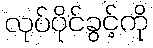
လုပ်ပိုင်ခွင့်ကို